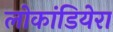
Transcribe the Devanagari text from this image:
लोकांडियेरा